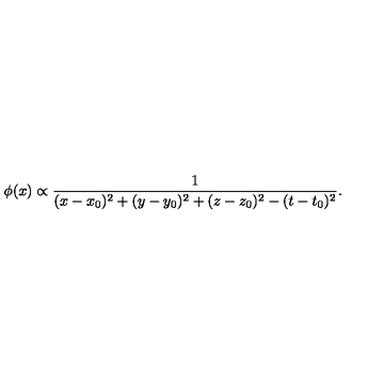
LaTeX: \phi ( x ) \propto { \frac { 1 } { ( x - x _ { 0 } ) ^ { 2 } + ( y - y _ { 0 } ) ^ { 2 } + ( z - z _ { 0 } ) ^ { 2 } - ( t - t _ { 0 } ) ^ { 2 } } } .